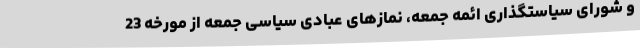
و شورای سیاستگذاری ائمه جمعه، نمازهای عبادی سیاسی جمعه از مورخه 23